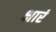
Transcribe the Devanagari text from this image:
क्षारं